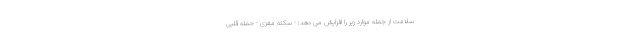
سلامت از جمله موارد زیر را افزایش می دهد: - سکته مغزی - حمله قلبی